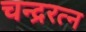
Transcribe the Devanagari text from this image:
चन्द्ररत्न